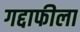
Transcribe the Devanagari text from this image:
गद्दाफीला